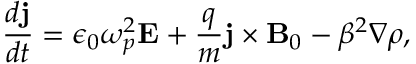
\frac { d \mathbf { j } } { d t } = \epsilon _ { 0 } \omega _ { p } ^ { 2 } \mathbf { E } + \frac { q } { m } \mathbf { j } \times \mathbf { B } _ { 0 } - \beta ^ { 2 } \nabla \rho ,